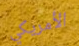
الأمريكي